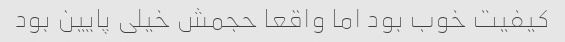
کیفیت خوب بود اما واقعا حجمش خیلی پایین بود